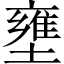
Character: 壅